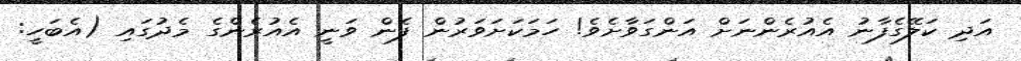
އަދި ކަލޭގެފާނު އެއުރެންނަށް އަންގަވާށެވެ! ހަމަކަށަވަރުން ފެން ވަނީ އެއުރެންގެ މެދުގައި (އެބަހީ: